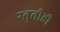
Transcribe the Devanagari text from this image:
स्तुतीही